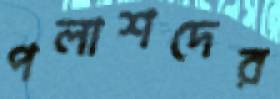
পলাশদের